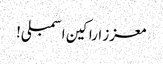
معزز اراکین اسمبلی!